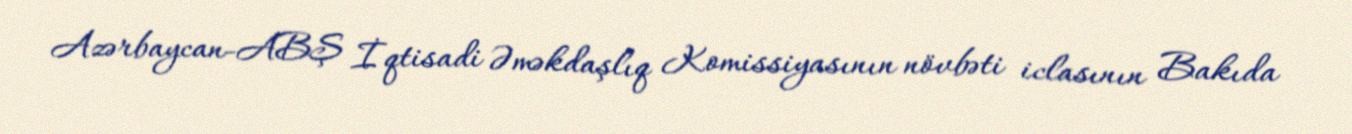
Azərbaycan-ABŞ İqtisadi Əməkdaşlıq Komissiyasının növbəti iclasının Bakıda